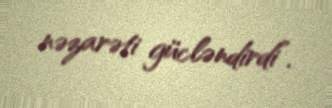
nəzarəti gücləndirdi”.